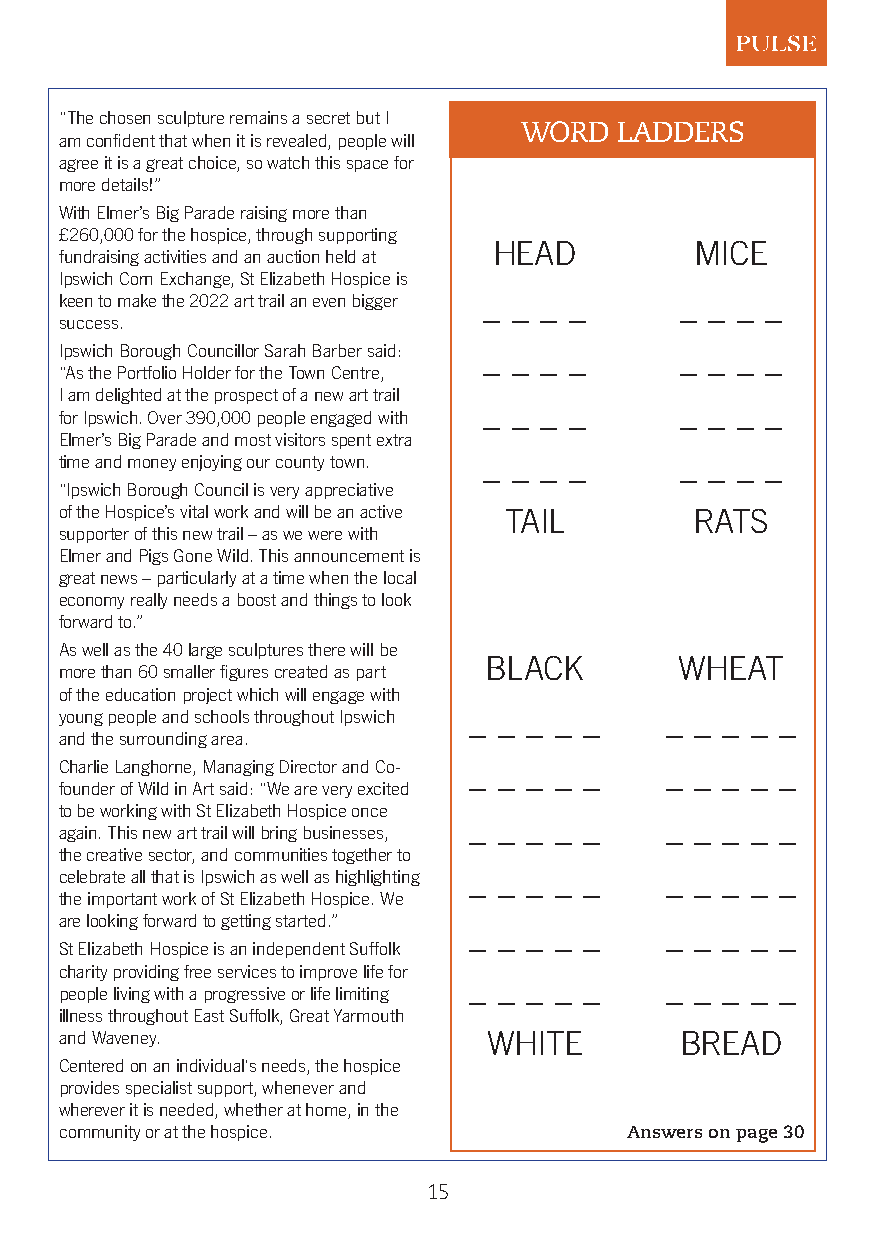
“The chosen sculpture remains a secret but I
 WORD   LADDERS
 am confident that when it is revealed, people will
 agree it is a great choice, so watch this space for
 more details!”
 With Elmer’s Big Parade raising more than
 £260,000 for the hospice, through supporting
 HEAD         MICE
 fundraising activities and an auction held at
 Ipswich Corn Exchange, St Elizabeth Hospice is
 keen to make the 2022 art trail an even bigger _ _ _ _ _ _ _ _
 success.
 Ipswich Borough Councillor Sarah Barber said: _ _ _ _ _ _ _ _
 “As the Portfolio Holder for the Town Centre,
 I am delighted at the prospect of a new art trail
 _ _ _ _      _ _ _ _
 for Ipswich. Over 390,000 people engaged with
 Elmer’s Big Parade and most visitors spent extra
 time and money enjoying our county town. _ _ _ _ _ _ _ _
 “Ipswich Borough Council is very appreciative
 of the Hospice’s vital work and will be an active TAIL RATS
 supporter of this new trail – as we were with
 Elmer and Pigs Gone Wild. This announcement is
 great news – particularly at a time when the local
 economy really needs a boost and things to look
 forward to.”
 As well as the 40 large sculptures there will be
 BLACK        WHEAT
 more than 60 smaller figures created as part
 of the education project which will engage with
 young people and schools throughout Ipswich _ _ _ _ _ _ _ _ _ _
 and the surrounding area.
 Charlie Langhorne, Managing Director and Co- _ _ _ _ _ _ _ _ _ _
 founder of Wild in Art said: “We are very excited
 to be working with St Elizabeth Hospice once
 _ _ _ _ _    _ _ _ _ _
 again. This new art trail will bring businesses,
 the creative sector, and communities together to
 celebrate all that is Ipswich as well as highlighting _ _ _ _ _ _ _ _ _ _
 the important work of St Elizabeth Hospice. We
 are looking forward to getting started.”
 _ _ _ _ _    _ _ _ _ _
 St Elizabeth Hospice is an independent Suffolk
 charity providing free services to improve life for
 _ _ _ _ _    _ _ _ _ _
 people living with a progressive or life limiting
 illness throughout East Suffolk, Great Yarmouth
 and Waveney.                WHITE        BREAD
 Centered on an individual's needs, the hospice
 provides specialist support, whenever and
 wherever it is needed, whether at home, in the
 community or at the hospice.         Answers on page 30
 15